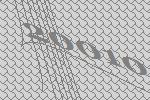
20010